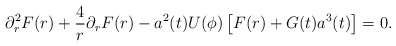
\begin{align*}\partial_r^2 F(r) + \frac4{r} \partial_r F(r) - a^2(t) U(\phi) \left[ F(r) + G(t) a^3(t) \right] = 0.\end{align*}